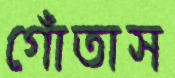
গোঁতাস